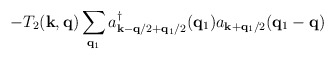
\begin{align*}- T_{2}({\bf{k}}, {\bf{q}})\sum_{ {\bf{q}}_{1} }a^{\dagger}_{ {\bf{k}} - {\bf{q}}/2 + {\bf{q}}_{1}/2 }({\bf{q}}_{1})a_{ {\bf{k}} + {\bf{q}}_{1}/2 }({\bf{q}}_{1} - {\bf{q}})\end{align*}